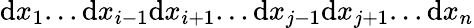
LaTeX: \mathrm{d}x_{1}...\mathrm{d}x_{i-1}\mathrm{d}x_{i+1}...\mathrm{d}x_{j-1}\mathrm{d}x_{j+1}...\mathrm{d}x_{n}